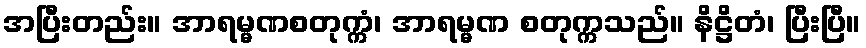
အပြီးတည်း။ အာရမ္မဏစတုက္ကံ၊ အာရမ္မဏ စတုက္ကသည်။ နိဋ္ဌိတံ၊ ပြီးပြီ။